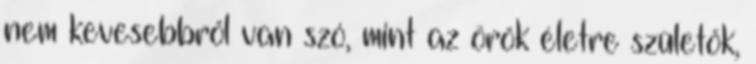
nem kevesebbről van szó, mint az örök életre születők,